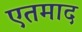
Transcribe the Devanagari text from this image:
एतमाद